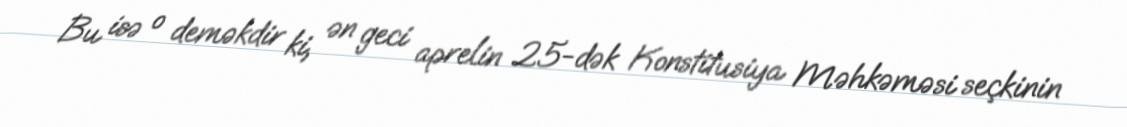
Bu isə o deməkdir ki, ən geci aprelin 25-dək Konstitusiya Məhkəməsi seçkinin